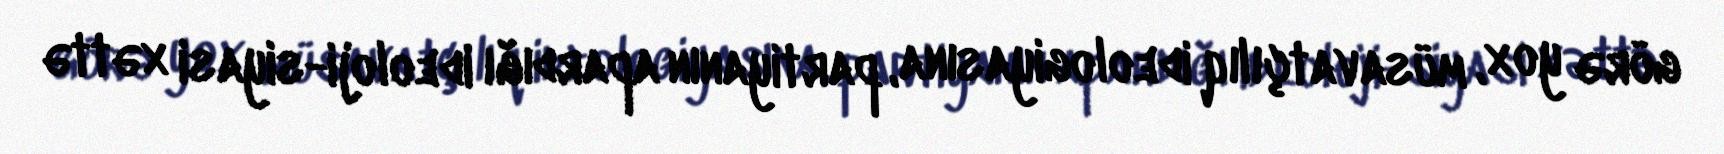
görə yox, müsavatçılıq ideologiyasına, partiyanın apardığı ideoloji-siyasi xəttə